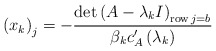
\begin{align*}\left( x_{k}\right) _{j}=-\frac{\det\left( A-\lambda_{k}I\right)_{\operatorname{row}j=b}}{\beta_{k}c_{A}^{\prime}\left( \lambda_{k}\right) }\end{align*}